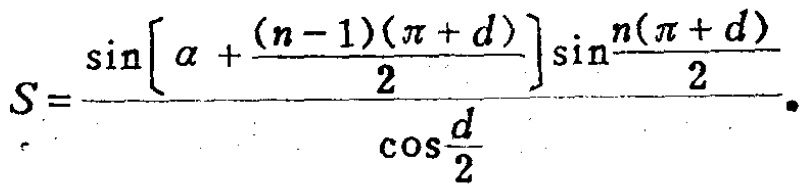
\[
S=\frac{\sin\left[\alpha+\frac{(n - 1)(\pi + d)}{2}\right]\sin\frac{n(\pi + d)}{2}}{\cos\frac{d}{2}}.
\]